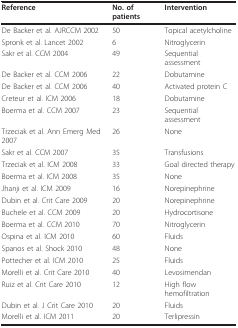
| Reference | No. of patients | Intervention |
 | --- | --- | --- |
 | De Backer et al. AJRCCM 2002 | 50 | Topical acetylcholine |
 | Spronk et al. Lancet 2002 | 6 | Nitroglycerin |
 | Sakr et al. CCM 2004 | 49 | Sequential assessment |
 | De Backer et al. CCM 2006 | 22 | Dobutamine |
 | De Backer et al. CCM 2006 | 40 | Activated protein C |
 | Creteur et al. ICM 2006 | 18 | Dobutamine |
 | Boerma et al. CCM 2007 | 23 | Sequential assessment |
 | Trzeciak et al. Ann Emerg Med 2007 | 26 | None |
 | Sakr et al. CCM 2007 | 35 | Transfusions |
 | Trzeciak et al. ICM 2008 | 33 | Goal directed therapy |
 | Boerma et al. ICM 2008 | 35 | None |
 | Jhanji et al. ICM 2009 | 16 | Norepinephrine |
 | Dubin et al. Crit Care 2009 | 20 | Norepinephrine |
 | Buchele et al. CCM 2009 | 20 | Hydrocortisone |
 | Boerma et al. CCM 2010 | 70 | Nitroglycerin |
 | Ospina et al. ICM 2010 | 60 | Fluids |
 | Spanos et al. Shock 2010 | 48 | None |
 | Pottecher et al. ICM 2010 | 25 | Fluids |
 | Morelli et al. Crit Care 2010 | 40 | Levosimendan |
 | Ruiz et al. Crit Care 2010 | 12 | High flow hemofiltration |
 | Dubin et al. J Crit Care 2010 | 20 | Fluids |
 | Morelli et al. ICM 2011 | 20 | Terlipressin |